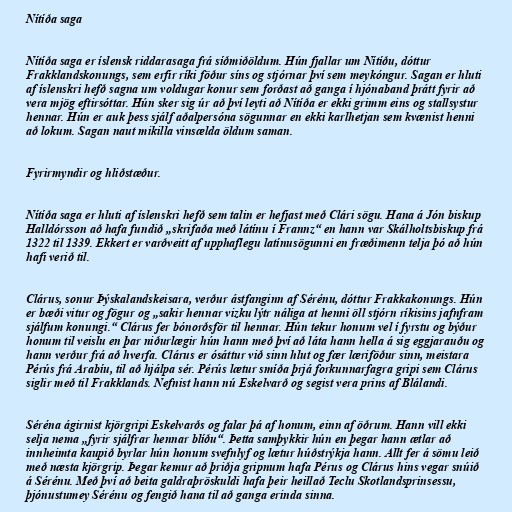
Nítíða saga

Nítíða saga er íslensk riddarasaga frá síðmiðöldum. Hún fjallar um Nítíðu, dóttur
Frakklandskonungs, sem erfir ríki föður síns og stjórnar því sem meykóngur. Sagan er hluti
af íslenskri hefð sagna um voldugar konur sem forðast að ganga í hjónaband þrátt fyrir að
vera mjög eftirsóttar. Hún sker sig úr að því leyti að Nítíða er ekki grimm eins og stallsystur
hennar. Hún er auk þess sjálf aðalpersóna sögunnar en ekki karlhetjan sem kvænist henni
að lokum. Sagan naut mikilla vinsælda öldum saman.

Fyrirmyndir og hliðstæður.

Nítíða saga er hluti af íslenskri hefð sem talin er hefjast með Clári sögu. Hana á Jón biskup
Halldórsson að hafa fundið „skrifaða með látínu í Frannz“ en hann var Skálholtsbiskup frá
1322 til 1339. Ekkert er varðveitt af upphaflegu latínusögunni en fræðimenn telja þó að hún
hafi verið til.

Clárus, sonur Þýskalandskeisara, verður ástfanginn af Sérénu, dóttur Frakkakonungs. Hún
er bæði vitur og fögur og „sakir hennar vizku lýtr náliga at henni öll stjórn ríkisins jafnfram
sjálfum konungi.“ Clárus fer bónorðsför til hennar. Hún tekur honum vel í fyrstu og býður
honum til veislu en þar niðurlægir hún hann með því að láta hann hella á sig eggjarauðu og
hann verður frá að hverfa. Clárus er ósáttur við sinn hlut og fær læriföður sinn, meistara
Pérús frá Arabíu, til að hjálpa sér. Pérús lætur smíða þrjá forkunnarfagra gripi sem Clárus
siglir með til Frakklands. Nefnist hann nú Eskelvarð og segist vera prins af Blálandi.

Séréna ágirnist kjörgripi Eskelvarðs og falar þá af honum, einn af öðrum. Hann vill ekki
selja nema „fyrir sjálfrar hennar blíðu“. Þetta samþykkir hún en þegar hann ætlar að
innheimta kaupið byrlar hún honum svefnlyf og lætur húðstrýkja hann. Allt fer á sömu leið
með næsta kjörgrip. Þegar kemur að þriðja gripnum hafa Pérus og Clárus hins vegar snúið
á Sérénu. Með því að beita galdraþröskuldi hafa þeir heillað Teclu Skotlandsprinsessu,
þjónustumey Sérénu og fengið hana til að ganga erinda sinna.